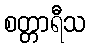
စတ္တာရီသ